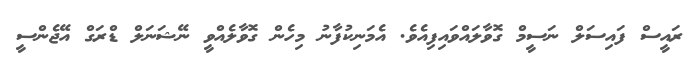
ރައީސް ފައިސަލް ނަސީމް ގޮވާލައްވައިފިއެވެ. އެމަނިކުފާނު މިހެން ގޮވާލެއްވީ ނޭޝަނަލް ޑްރަގް އޭޖެންސީ